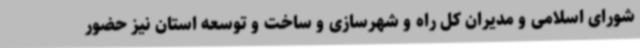
شورای اسلامی و مدیران کل راه و شهرسازی و ساخت و توسعه استان نیز حضور